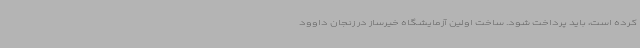
کرده است، باید پرداخت شود. ساخت اولین آزمایشگاه خیرساز در زنجان داوود